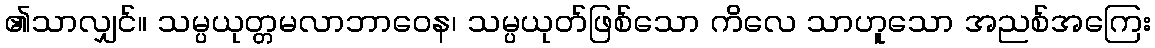
၏သာလျှင်။ သမ္ပယုတ္တမလာဘာဝေန၊ သမ္ပယုတ်ဖြစ်သော ကိလေ သာဟူသော အညစ်အကြေး